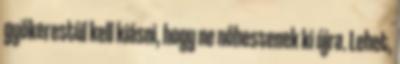
gyökerestül kell kiásni, hogy ne nőhessenek ki újra. Lehet,